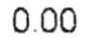
0.00